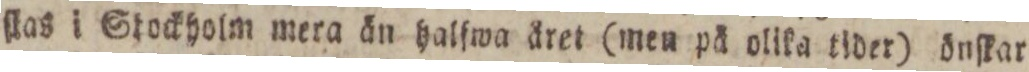
ſtas i Stockholm mera än halſwa året (men på olika tider) önſkar